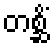
တစ္ဆိံ